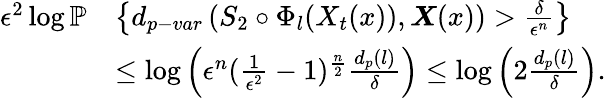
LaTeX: \begin{array}{rl}{\epsilon^{2}\log\mathbb{P}}&{\left\{ d_{p-var}\left(S_{2}\circ\Phi_{l}(X_{t}(x)),\boldsymbol{X}(x)\right)>\frac{\delta}{\epsilon^{n}}\right\} }\\ &{\leq\log\left(\epsilon^{n}(\frac{1}{\epsilon^{2}}-1)^{\frac{n}{2}}\frac{d_{p}(l)}{\delta}\right)\leq\log\left(2\frac{d_{p}(l)}{\delta}\right).}\end{array}